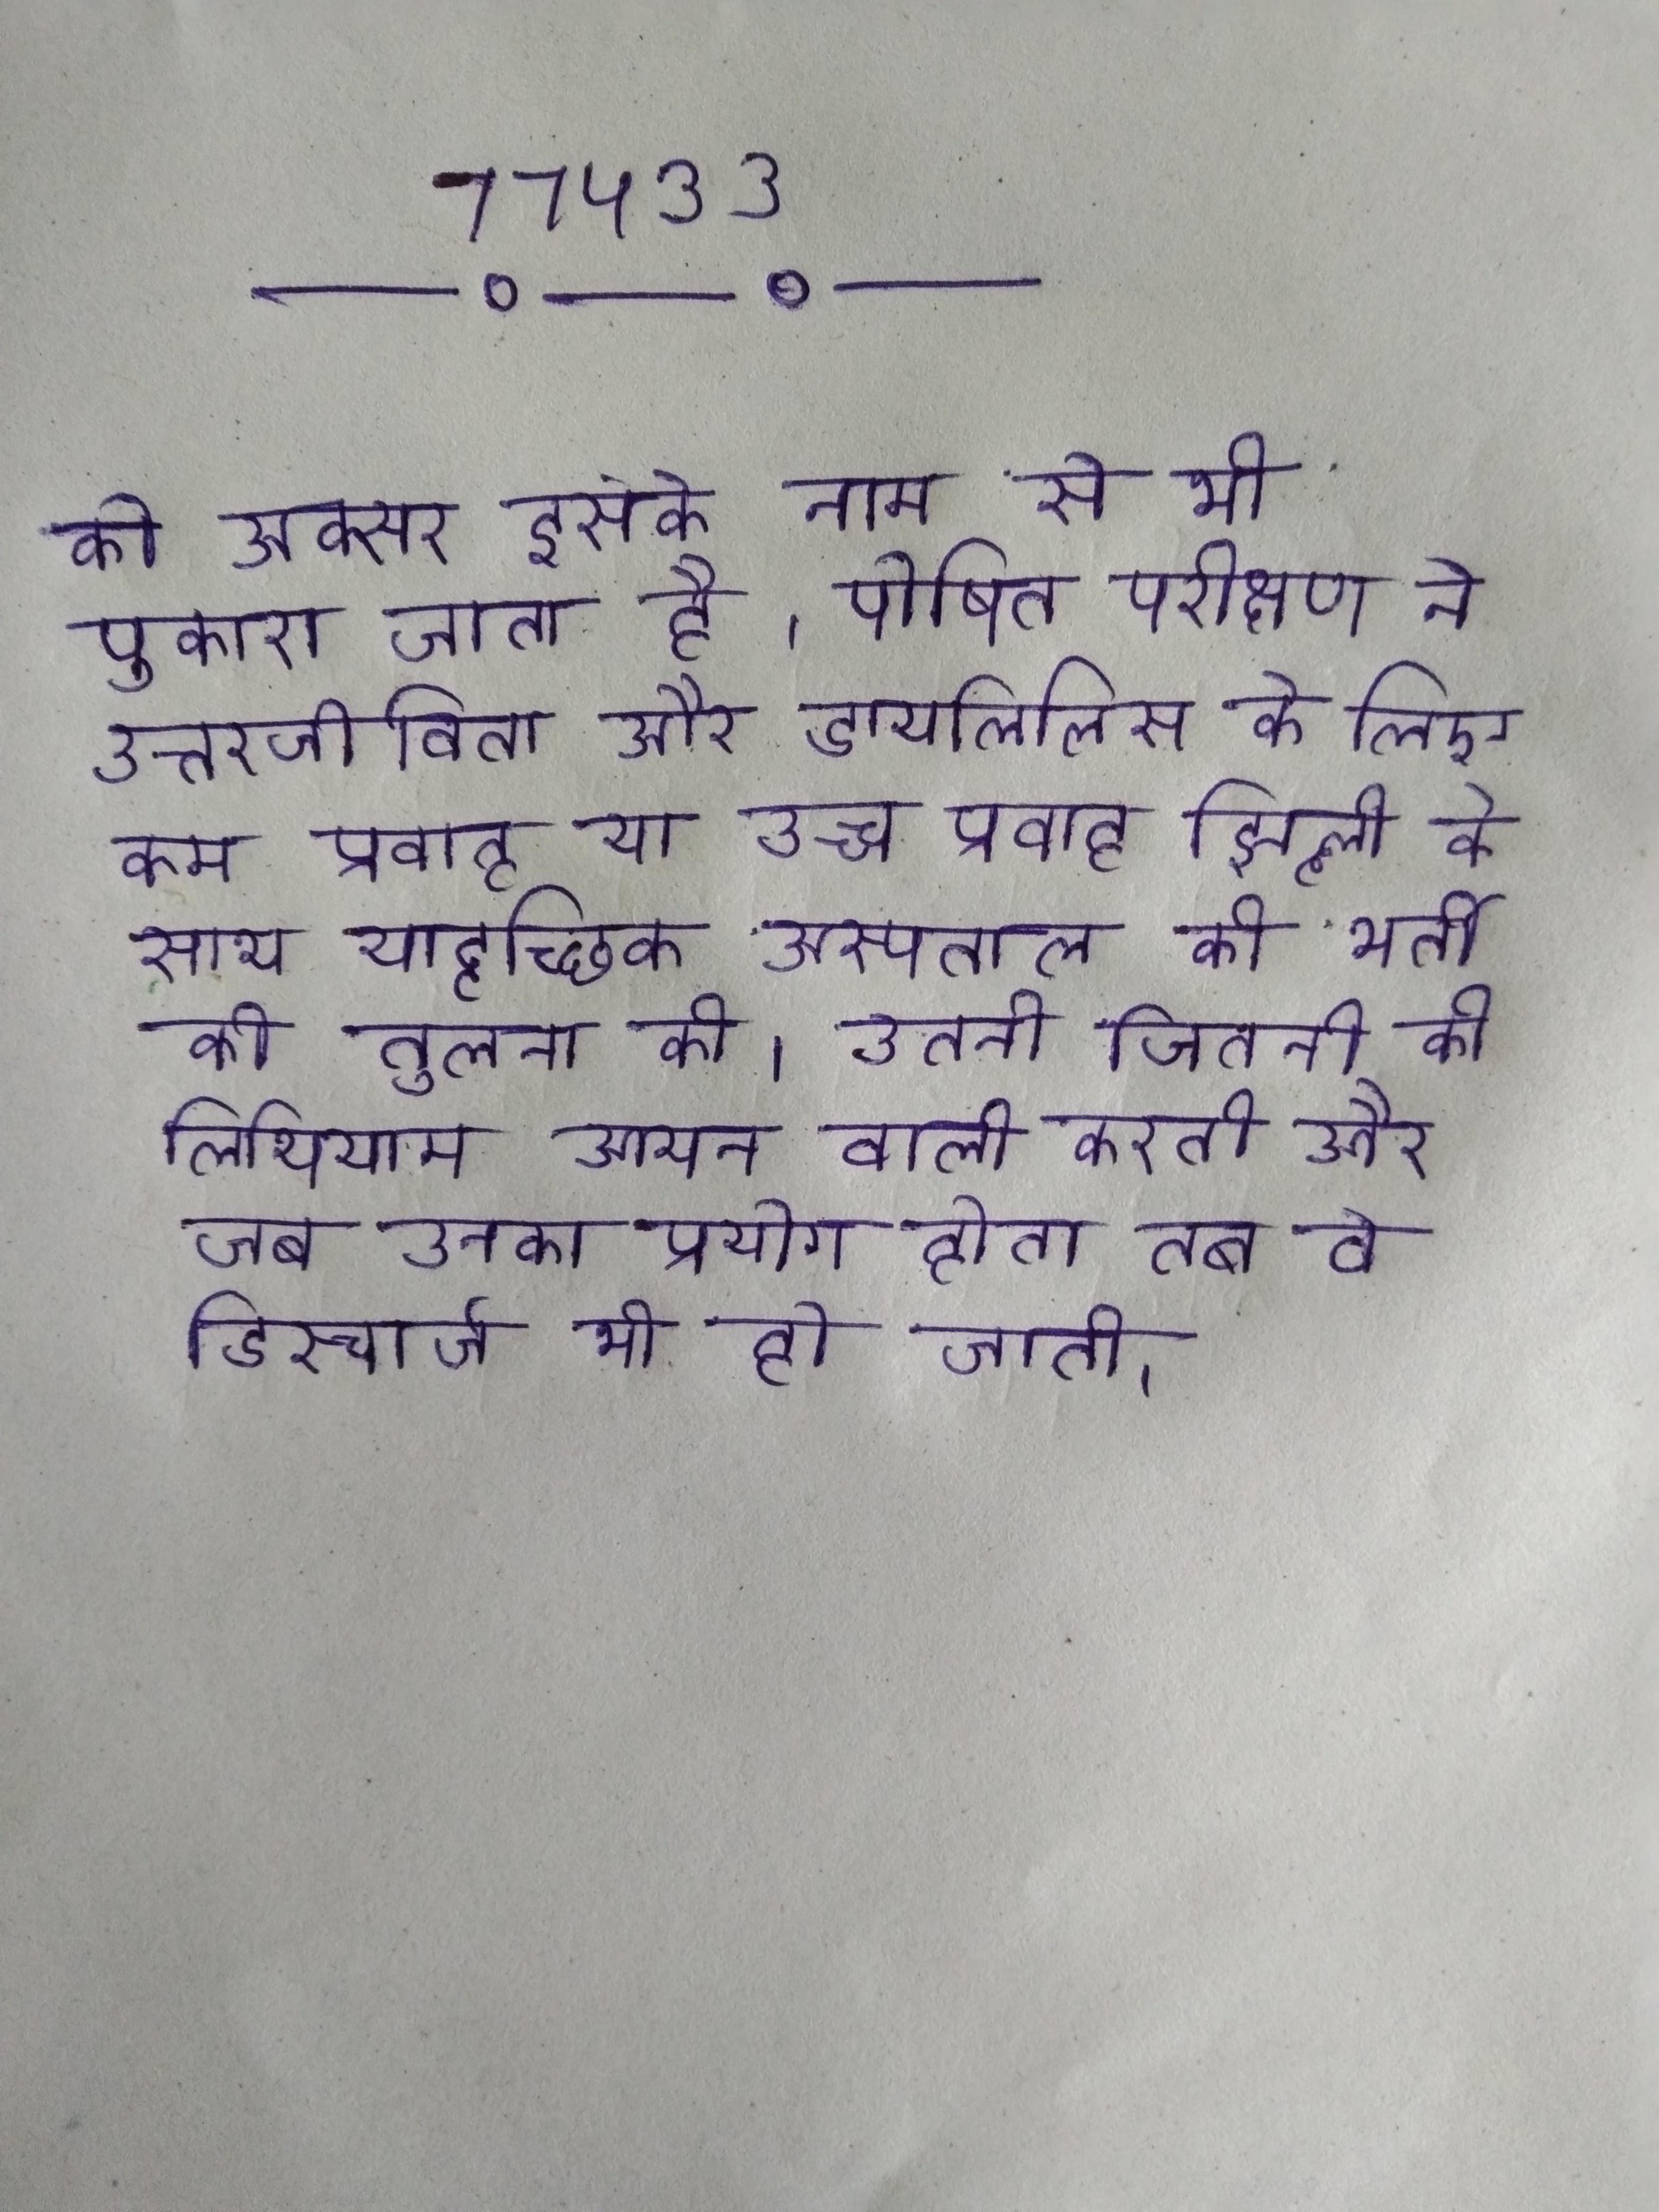
को अक्सर इसके नाम से भी पुकारा जाता है । पोषित परीक्षण ने उत्तरजीविता और डायलिसिस के लिए कम प्रवाह या उच्च प्रवाह झिल्ली के साथ यादृच्छिक अस्पताल की भर्ती की तुलना की । उतनी शक्ति प्रदान करती जितनी की लिथियम आयन वाली करती और जब उनका प्रयोग होता तब वे डिस्चार्ज भी हो जाती ।